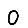
Digit: 0